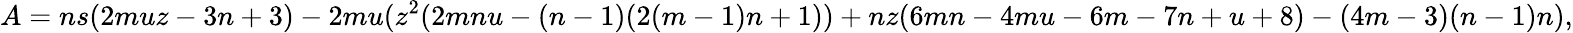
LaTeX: A=ns(2muz-3n+3)-2mu(z^{2}(2mnu-(n-1)(2(m-1)n+1))+nz(6mn-4mu-6m-7n+u+8)-(4m-3)(n-1)n),